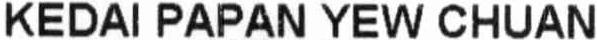
KEDAI PAPAN YEW CHUAN